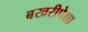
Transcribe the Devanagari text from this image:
बखरीपेक्षा